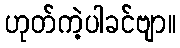
ဟုတ်ကဲ့ပါခင်ဗျာ။